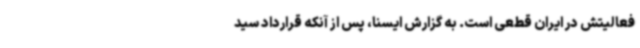
فعالیتش در ایران قطعی است. به گزارش ایسنا، پس از آنکه قرارداد سید